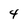
Character: 4